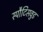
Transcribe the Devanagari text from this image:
स्पौटिसवुड